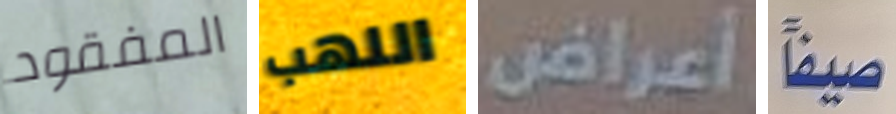
المفقود اللهب أعراض صيفاً